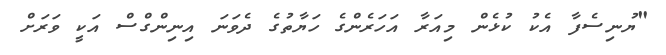
"ޔުނިސެފާ އެކު ކުޅެން މިއަރާ އަހަރެންގެ ހަޔާތުގެ ދެވަނަ އިނިންގްސް އަކީ ވަރަށް